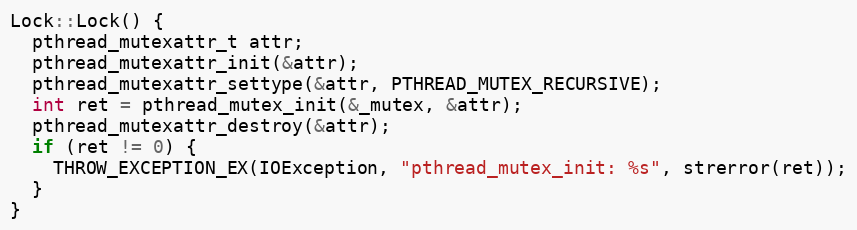
Language: C++
Lock::Lock() {
  pthread_mutexattr_t attr;
  pthread_mutexattr_init(&attr);
  pthread_mutexattr_settype(&attr, PTHREAD_MUTEX_RECURSIVE);
  int ret = pthread_mutex_init(&_mutex, &attr);
  pthread_mutexattr_destroy(&attr);
  if (ret != 0) {
    THROW_EXCEPTION_EX(IOException, "pthread_mutex_init: %s", strerror(ret));
  }
}